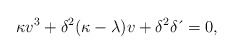
\begin{align*}\kappa v^{3}+\delta^{2}(\kappa-\lambda)v+\delta^{2}\delta \,\acute{}\,=0, \end{align*}